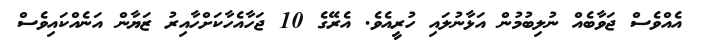
އެއްވެސް ޖަވާބެއް ނުލިބުމުން އަޅާނުލައި ހުރީއެވެ. އެރޭގެ 10 ޖަހާއެހާކަށްހާއިރު ޒަޔާން އަނެއްކައިވެސް